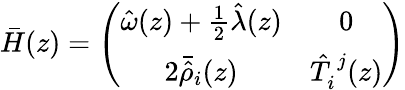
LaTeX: \bar{H}(z)=\left(\begin{array}{cc}{{\hat{\omega}(z)+\textstyle{\frac{1}{2}}\hat{\lambda}(z)}}&{{0}}\\ {{2\bar{\hat{\rho}}_{i}(z)}}&{{\hat{T}_{i}^{~j}(z)}}\end{array}\right)